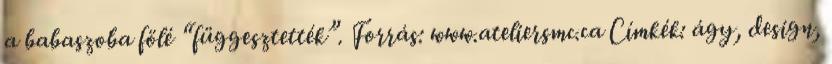
a babaszoba fölé “függesztették”. Forrás: www.ateliersmc.ca Címkék: ágy, design,